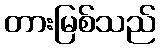
တားမြစ်သည်